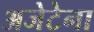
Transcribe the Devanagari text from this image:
अजेटेना